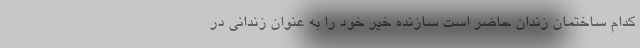
کدام ساختمان زندان حاضر است سازنده خَیٌِر خود را به عنوان زندانی در